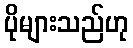
ပိုများသည်ဟု